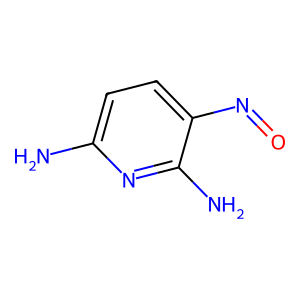
SMILES: Nc1ccc(N=O)c(N)n1
Inhibits HIV replication: No